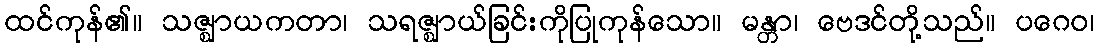
ထင်ကုန်၏။ သဇ္ဈာယကတာ၊ သရဇ္ဈာယ်ခြင်းကိုပြုကုန်သော။ မန္တာ၊ ဗေဒင်တို့သည်။ ပဂေဝ၊